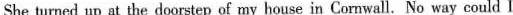
She turned up at the doorstep of my house in Cornwall. No way could I